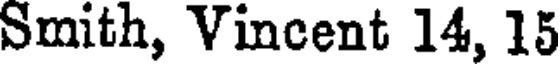
Smith, Vincent 14, 15